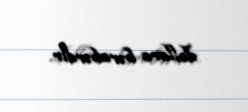
dollara bərabərdir.